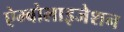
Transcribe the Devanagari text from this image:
ऐम्बोलाइजेशन